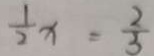
\frac { 1 } { 2 } x = \frac { 2 } { 3 }